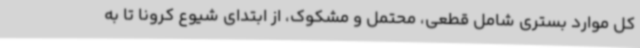
کل موارد بستری شامل قطعی، محتمل و مشکوک، از ابتدای شیوع کرونا تا به